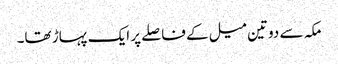
مکہ سے دوتین میل کے فاصلے پر ایک پہاڑ تھا۔